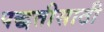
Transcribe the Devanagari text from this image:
पद्धतीसाठी